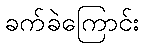
ခက်ခဲကြောင်း